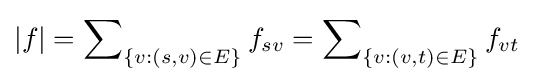
|f|=\sum \nolimits _{\{v:(s,v)\in E\}}f_{sv}=\sum \nolimits _{\{v:(v,t)\in E\}}f_{vt}